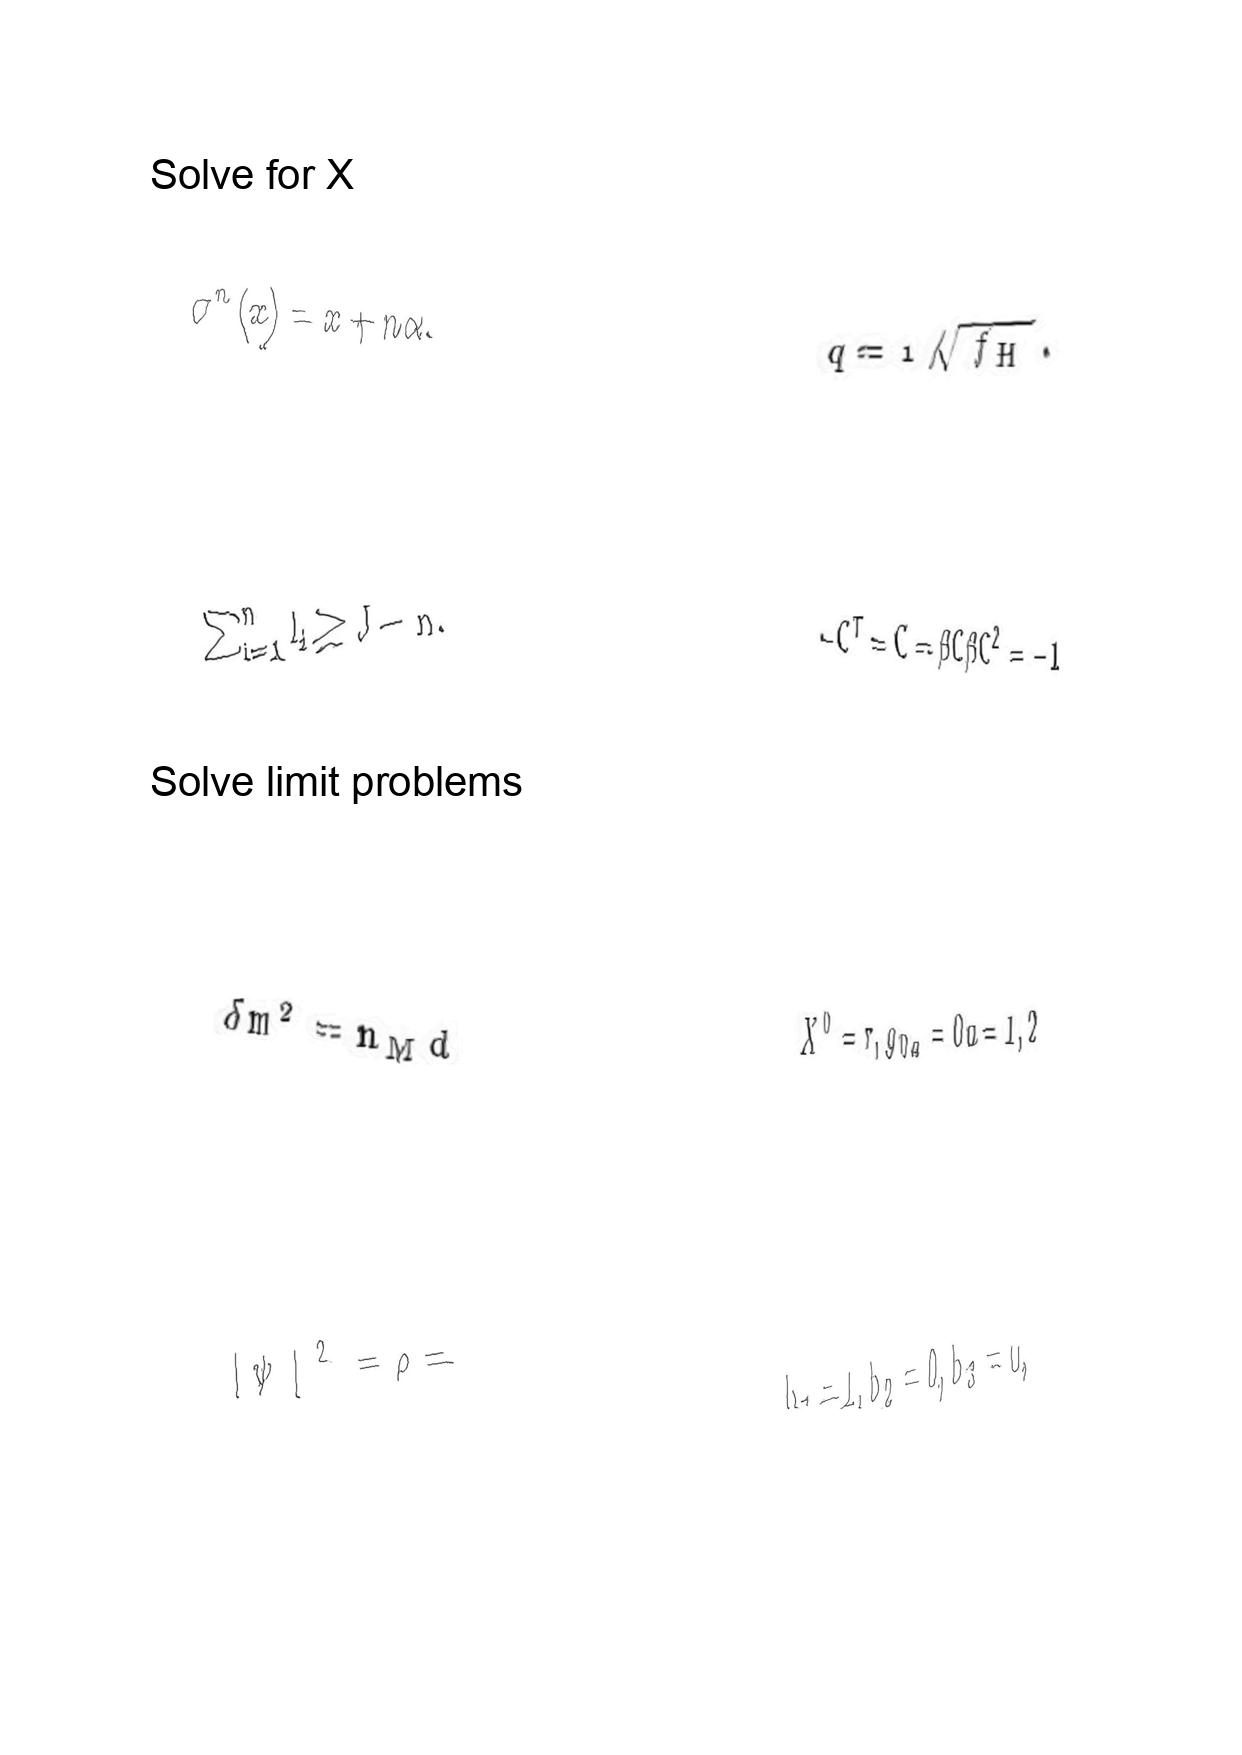
LaTeX transcription:
\sigma ^ { n } \lparen x \rparen = x + n \alpha .
\sum _ { i = 1 } ^ { n } l _ { i } \geq J - n .
\delta m ^ { 2 } = n _ { \mathrm { M } } d
\vert \psi \vert ^ { 2 } = \rho =
q = 1 / \sqrt { f _ { H } } .
- C ^ { T } = C = \beta C \beta C ^ { 2 } = - 1
X ^ { 0 } = \tau , g _ { 0 a } = 0 a = 1 , 2
b _ { 1 } = 1 , b _ { 2 } = 0 , b _ { 3 } = 0 ,